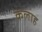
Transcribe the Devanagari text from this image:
कलाह